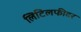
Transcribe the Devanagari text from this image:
लिटिलफीदर